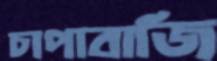
চাপাবাজি